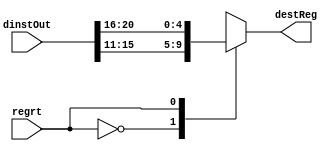
`timescale 1ns / 1ps
//////////////////////////////////////////////////////////////////////////////////
// Company: 
// Engineer: 
// 
// Design Name: 
// Module Name: Regrt Multiplexer
// Project Name: 
// Target Devices: 
// Tool Versions: 
// Description: 
// 
// Dependencies: 
// 
// Revision:
// Revision 0.01 - File Created
// Additional Comments:
// 
//////////////////////////////////////////////////////////////////////////////////


module Regrt_Multiplexer(
    input [31:0] dinstOut,
    input regrt,
    
    output reg [4:0] destReg
    );
    reg [4:0] rd;
    reg [4:0] rt;
    always @(*)
    begin
        rd <= dinstOut[15:11];
        rt <= dinstOut[20:16];
        case(regrt)
            1'b0: destReg <= rd;
            1'b1: destReg <= rt;
        endcase
    end
endmodule